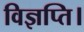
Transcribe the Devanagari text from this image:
विज्ञप्ति।